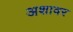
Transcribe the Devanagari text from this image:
अशावर